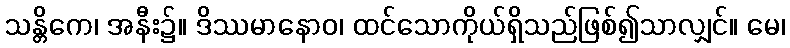
သန္တိကေ၊ အနီး၌။ ဒိဿမာနောဝ၊ ထင်သောကိုယ်ရှိသည်ဖြစ်၍သာလျှင်။ မေ၊